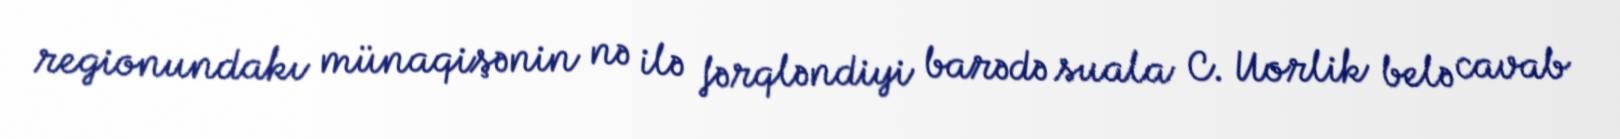
regionundakı münaqişənin nə ilə fərqləndiyi barədə suala C. Uorlik belə cavab